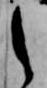
之